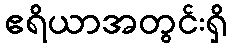
ဧရိယာအတွင်းရှိ